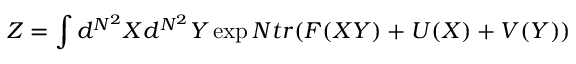
Z = \int d ^ { N ^ { 2 } } X d ^ { N ^ { 2 } } Y \exp N t r ( F ( X Y ) + U ( X ) + V ( Y ) )